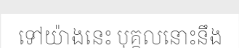
ទៅយ៉ាងនេះ បុគ្គលនោះនឹង